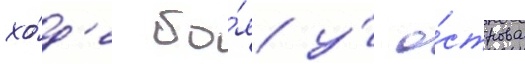
хо́д'е бо́я у́ о́строва